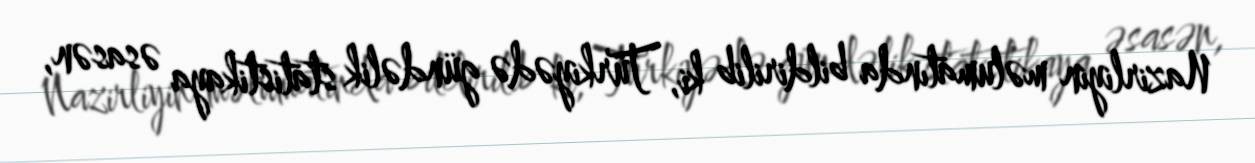
Nazirliyin məlumatında bildirilib ki, Türkiyədə gündəlik statistikaya əsasən,